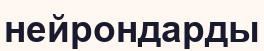
нейрондарды